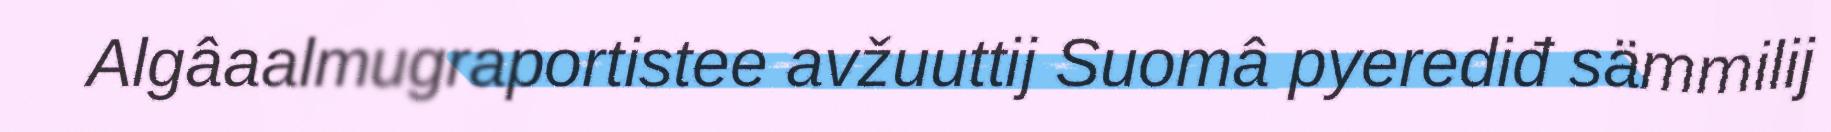
Algâaalmugraportistee avžuuttij Suomâ pyerediđ sämmilij